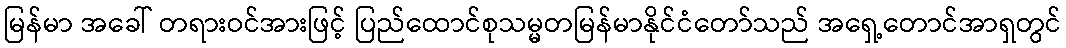
မြန်မာ အခေါ် တရားဝင်အားဖြင့် ပြည်ထောင်စုသမ္မတမြန်မာနိုင်ငံတော်သည် အရှေ့တောင်အာရှတွင်